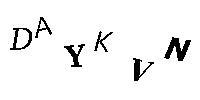
DAYKVN